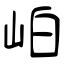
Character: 岶